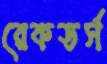
রেকডর্স